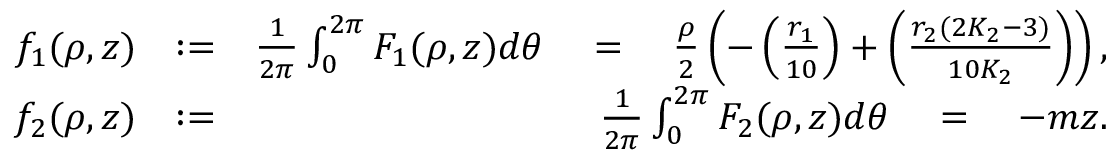
\begin{array} { r l r } { f _ { 1 } ( \rho , z ) } & { : = } & { \frac { 1 } { 2 \pi } \int _ { 0 } ^ { 2 \pi } F _ { 1 } ( \rho , z ) d \theta \quad = \quad \frac { \rho } { 2 } \left( - \left( \frac { r _ { 1 } } { 1 0 } \right) + \left( \frac { r _ { 2 } ( 2 K _ { 2 } - 3 ) } { 1 0 K _ { 2 } } \right) \right) , } \\ { f _ { 2 } ( \rho , z ) } & { : = } & { \frac { 1 } { 2 \pi } \int _ { 0 } ^ { 2 \pi } F _ { 2 } ( \rho , z ) d \theta \quad = \quad - m z . } \end{array}